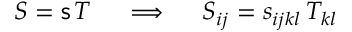
{ \boldsymbol { S } } = { \mathsf { s } } \, { \boldsymbol { T } } \quad \implies \quad S _ { i j } = s _ { i j k l } \, T _ { k l }